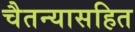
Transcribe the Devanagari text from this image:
चैतन्यासहित